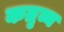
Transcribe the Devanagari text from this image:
कतृव्य